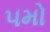
૫મો